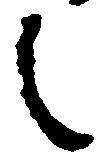
之